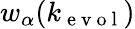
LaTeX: w_{\alpha}(k_{\mathrm{~e~v~o~l~}})